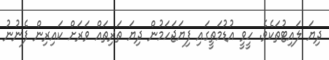
ދިޔަ ލައިޓުތަކެވެ. ހީވީ އުޑުމަތީގައި ފިޔަޖަހަމުން ދިޔަ ތަރިތައް ވަރަށް ކައިރިން ފެނުނު